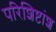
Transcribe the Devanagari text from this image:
परिशिष्टांश